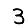
Digit: 3